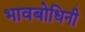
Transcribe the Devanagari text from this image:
भावबोधिनी